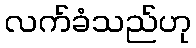
လက်ခံသည်ဟု